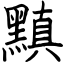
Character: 黰